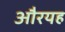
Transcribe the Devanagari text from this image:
औरयह